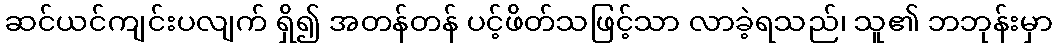
ဆင်ယင်ကျင်းပလျက် ရှိ၍ အတန်တန် ပင့်ဖိတ်သဖြင့်သာ လာခဲ့ရသည်၊ သူ၏ ဘဘုန်းမှာ